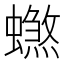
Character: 𰳠